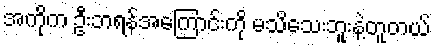
အကိုက ဦးဘရန်အကြောင်းကို မသိသေးဘူးနဲ့တူတယ်